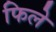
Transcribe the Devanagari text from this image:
फिले